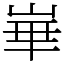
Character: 崋